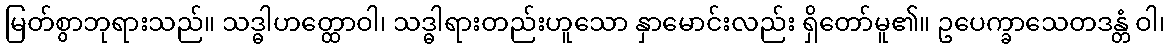
မြတ်စွာဘုရားသည်။ သဒ္ဓါဟတ္ထောဝါ၊ သဒ္ဓါရားတည်းဟူသော နှာမောင်းလည်း ရှိတော်မူ၏။ ဥပေက္ခာသေတဒန္တံ ဝါ၊